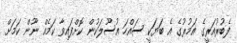
ފެބުރުއަރީގެ އަމުރުގެ އެ ބަޔަކީ ސައްހަ އުސޫލަކުން ކޮށްފައިވާ ކަމެއް ނޫން ކަމަށް